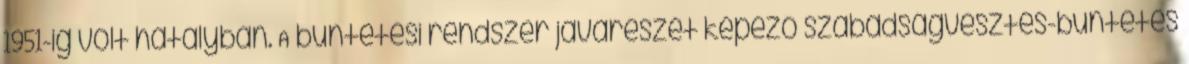
1951-ig volt hatályban. A büntetési rendszer javarészét képező szabadságvesztés-büntetés